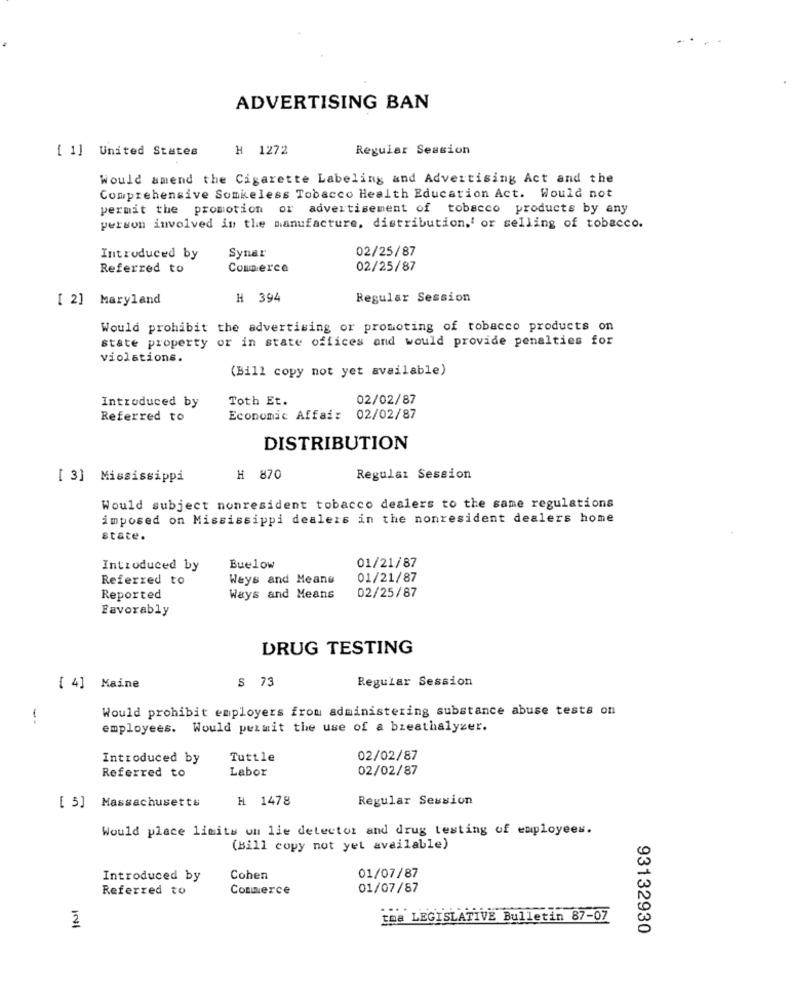
ADVERTISING BAN
[ 1] United States
H 1272
Regular Session
Would amend the Cigarette Labeling and Advertising Act and the
Comprehensive Somkeless Tobacco Health Education Act. Would not
permit the promotion or advertisement of tobacco products by any
person involved in the manufacture, distribution,' or selling of tobacco.
02/25/87
Introduced by
Synar
Referred to
Commerce
02/25/87
[ 2] Maryland
H 394
Regular Session
Would prohibit the advertising or promoting of tobacco products on
state property or in state offices and would provide penalties for
violations.
(Bill copy not yet available)
Introduced by
Toth Et.
02/02/87
Referred to
Economic Affai: 02/02/87
DISTRIBUTION
[ 3] Mississippi
# 870
Regular Session
Would subject nonresident tobacco dealers to the same regulations
imposed on Mississippi dealers in the nonresident dealers home
state.
Introduced by
Buelow
01/21/87
Referred to
Ways and Means
01/21/87
Reported
Ways and Means
02/25/87
Favorably
DRUG TESTING
S 73
Regular Session
[ 4] Maine
Would prohibit employers from administering substance abuse tests on
-
employees. Would permit the use of a breathalyzer.
Introduced by
Tuttle
02/02/87
Referred to
Labor
02/02/87
H 1478
Regular Session
[ 5] Massachusetts
Would place limits on lie detector and drug testing of employees.
(Bill copy not yet available)
Introduced by
Cohen
01/07/87
Referred to
Commerce
01/07/87
2
tma LEGISLATIVE Bulletin 87-07
93132930